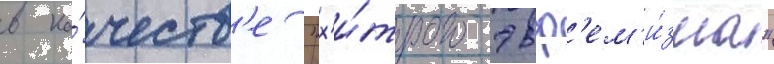
в ка́честв'е "х'и́трого эвф'ем'и́зма"